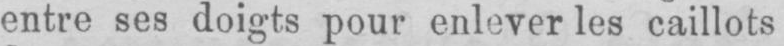
entre ses doigts pour enlever les caillots